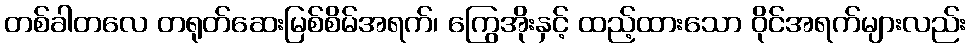
တစ်ခါတလေ တရုတ်ဆေးမြစ်စိမ်အရက်၊ ကြွေအိုးနှင့် ထည့်ထားသော ဝိုင်အရက်များလည်း